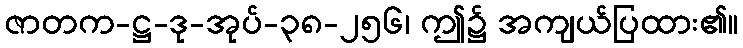
ဇာတက-ဋ္ဌ-ဒု-အုပ်-၃၈-၂၅၆၊ ဤ၌ အကျယ်ပြထား၏။